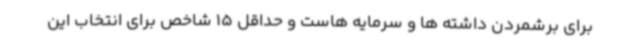
برای برشمردن داشته ها و سرمایه هاست و حداقل 15 شاخص برای انتخاب این